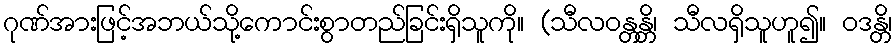
ဂုဏ်အားဖြင့်အဘယ်သို့ကောင်းစွာတည်ခြင်းရှိသူကို။ (သီလဝန္တန္တိ၊ သီလရှိသူဟူ၍။ ဝဒန္တိ၊